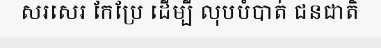
សរសេរ កែប្រែ ដើម្បី លុបបំបាត់ ជនជាតិ